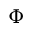
\Phi